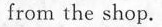
from the shop.